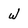
Character: w